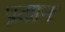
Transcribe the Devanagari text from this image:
प्रदाान